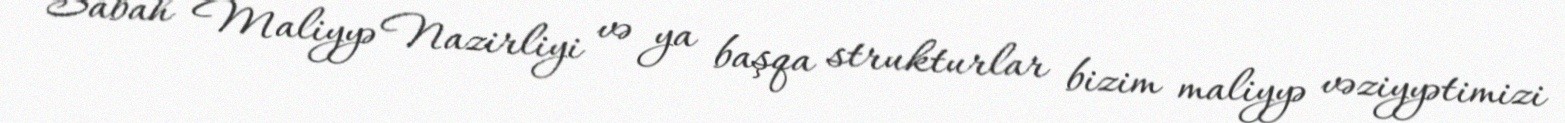
Sabah Maliyyə Nazirliyi və ya başqa strukturlar bizim maliyyə vəziyyətimizi